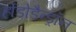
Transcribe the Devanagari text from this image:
र्होडोडैन्ड्रॉन